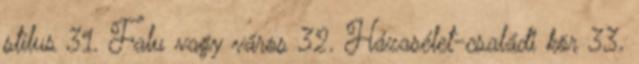
stílus 31. Falu vagy város 32. Házasélet-családi kör 33.